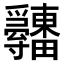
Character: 𤴋